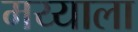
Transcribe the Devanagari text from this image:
मय्याला